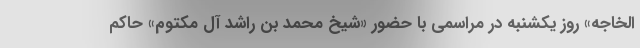
الخاجه» روز یکشنبه در مراسمی با حضور «شیخ محمد بن راشد آل مکتوم» حاکم